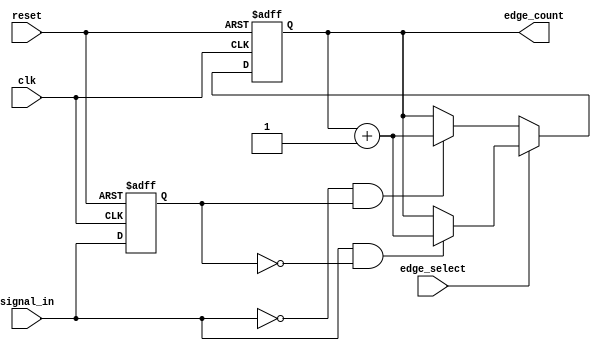
module edge_counter (
    input wire clk,              // Clock input
    input wire reset,            // Asynchronous reset
    input wire signal_in,        // Input signal to monitor
    input wire edge_select,      // Edge select: 1 for rising, 0 for falling
    output reg [31:0] edge_count // Edge count output
);

    reg signal_in_prev;          // Register to hold the previous state of signal_in

    // Asynchronous reset and edge counting
    always @(posedge clk or posedge reset) begin
        if (reset) begin
            edge_count <= 32'b0;  // Reset edge count to 0
            signal_in_prev <= 1'b0; // Initialize previous state
        end else begin
            // Edge detection logic
            if (edge_select) begin // Count rising edges
                if (signal_in && !signal_in_prev) begin
                    edge_count <= edge_count + 1; // Increment count on rising edge
                end
            end else begin // Count falling edges
                if (!signal_in && signal_in_prev) begin
                    edge_count <= edge_count + 1; // Increment count on falling edge
                end
            end
            
            // Update the previous state
            signal_in_prev <= signal_in;
        end
    end

endmodule